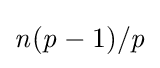
{\mathit {n}}({\mathit {p}}-1)/{\mathit {p}}